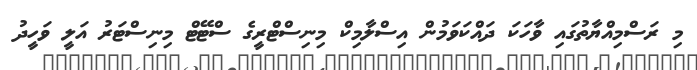
މި ރަސްމިއްޔާތުގައި ވާހަކަ ދައްކަވަމުން އިސްލާމިކް މިނިސްޓްރީގެ ސްޓޭޓް މިނިސްޓަރު އަލީ ވަހީދު